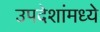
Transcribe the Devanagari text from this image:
उपदेशांमध्ये